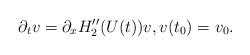
LaTeX: \begin{align*}\partial_t v=\partial_x H_2''(U(t))v,v(t_0)=v_0.\end{align*}